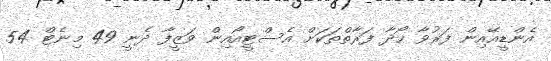
އެންޑީއޭއިން ފަރުވާ ހޯދާ ފަރާތްތަކަށް އެސްޓީއޯއިން ވަޒީފާ ދެނީ 49 މިނެޓް 54